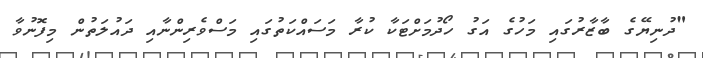
"ދުނިޔޭގެ ބާޒާރުގައި މަހުގެ އަގު ހޯދުމަށްޓަކާ ކުރާ މަސައްކަތުގައި މަސްވެރިންނާއި ދައުލަތުން މިފޮނުވާ